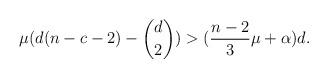
LaTeX: \begin{align*} \mu(d(n-c-2)- \binom{d}{2}) > (\dfrac{n-2}{3}\mu +\alpha) d. \end{align*}